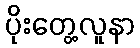
ပိုးတွေ့လူနာ